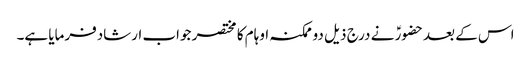
اس کے بعدحضورؑ نے درج ذیل دو ممکنہ اوہام کا مختصر جواب ارشادفرمایا ہے۔